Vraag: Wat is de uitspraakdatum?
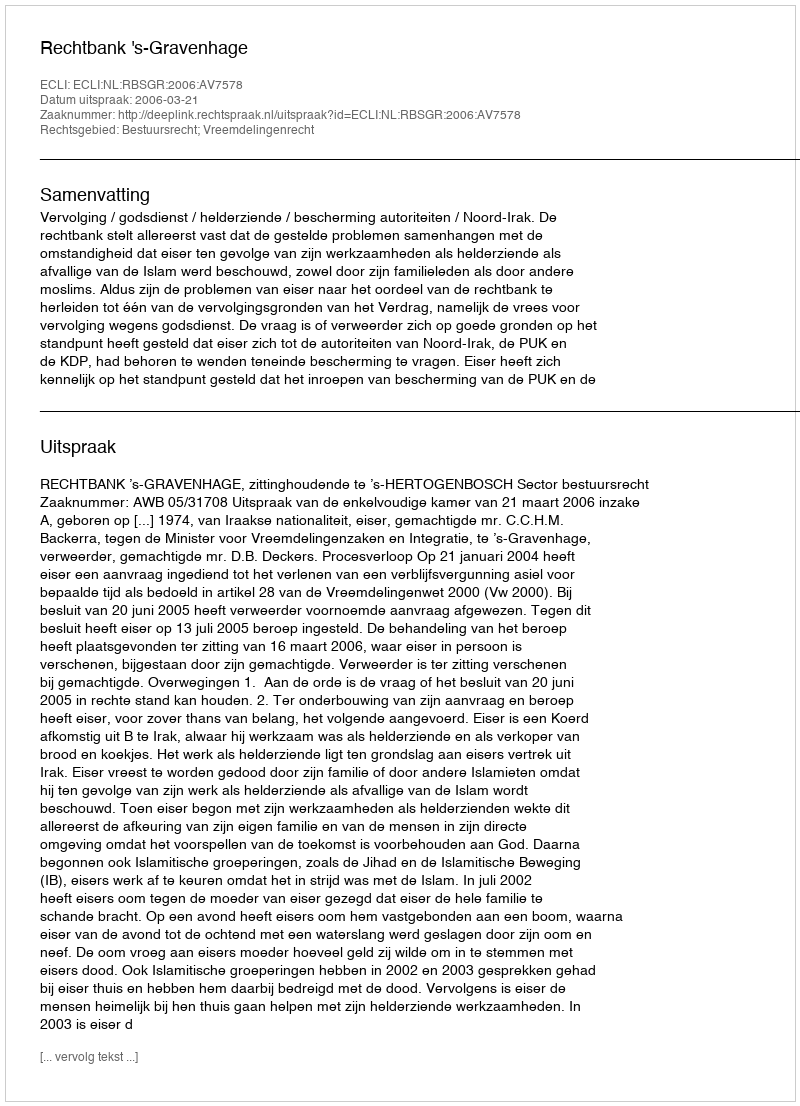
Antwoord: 2006-03-21